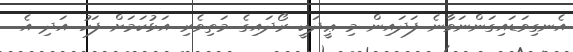
އެނގިވަޑައިގަންނަވާނެ ފަދައިން މި ޢީދަކީ ރޯދައިގެ މަތިވެރި އަޅުކަމަށް ފަހު އަދި އެ